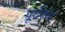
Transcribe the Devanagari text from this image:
पूर्वेकडं